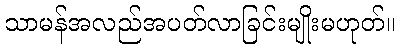
သာမန်အလည်အပတ်လာခြင်းမျိုးမဟုတ်။